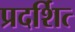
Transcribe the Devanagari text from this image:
प्रदर्शित्‍